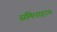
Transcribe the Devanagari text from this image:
समिधाहरण